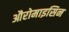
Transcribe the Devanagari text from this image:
औरोमाइसिन